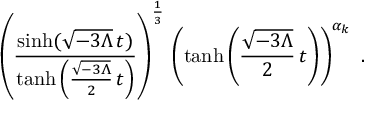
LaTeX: \left( \frac { \sinh ( \sqrt { - 3 \Lambda } \, t ) } { \operatorname { t a n h } \left( \frac { \sqrt { - 3 \Lambda } } { 2 } \, t \right) } \right) ^ { \frac { 1 } { 3 } } \, \left( \operatorname { t a n h } \left( \frac { \sqrt { - 3 \Lambda } } { 2 } \, t \right) \right) ^ { \alpha _ { k } } \ .